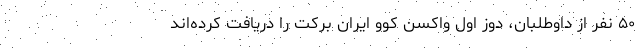
۵۰ نفر از داوطلبان، دوز اول واکسن کوو ایران برکت را دریافت کرده‌اند